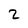
Character: 2